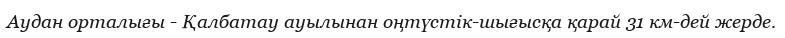
Аудан орталығы - Қалбатау ауылынан оңтүстік-шығысқа қарай 31 км-дей жерде.